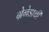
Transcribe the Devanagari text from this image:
ग्रेनेडाची